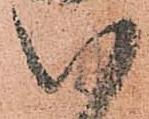
八